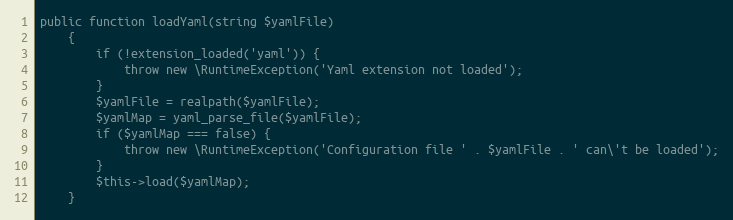
Language: PHP
public function loadYaml(string $yamlFile)
    {
        if (!extension_loaded('yaml')) {
            throw new \RuntimeException('Yaml extension not loaded');
        }
        $yamlFile = realpath($yamlFile);
        $yamlMap = yaml_parse_file($yamlFile);
        if ($yamlMap === false) {
            throw new \RuntimeException('Configuration file ' . $yamlFile . ' can\'t be loaded');
        }
        $this->load($yamlMap);
    }